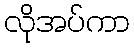
လိုအပ်ကာ